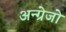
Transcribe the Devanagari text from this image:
अन्ग्रेजो